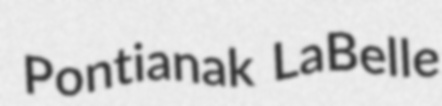
Pontianak LaBelle